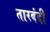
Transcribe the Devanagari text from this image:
तारबंदी